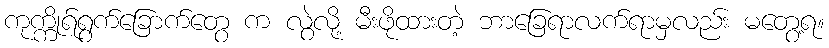
ကုက္ကိုရ်ရွက်ခြောက်တွေ က လွဲလို့ မီးဖိုထားတဲ့ ဘာခြေရာလက်ရာမှလည်း မတွေ့ရ။